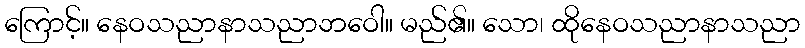
ကြောင့်။ နေဝသညာနာသညာဘဝေါ။ မည်၏။ သော၊ ထိုနေဝသညာနာသညာ